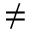
\neq